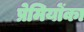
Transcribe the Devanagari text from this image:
प्रेमियोंका